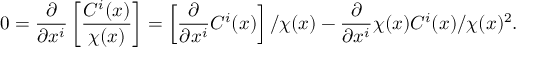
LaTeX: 0 = \frac { \partial } { \partial x ^ { i } } \left[ \frac { C ^ { i } ( x ) } { \chi ( x ) } \right] = \left[ \frac { \partial } { \partial x ^ { i } } C ^ { i } ( x ) \right] / \chi ( x ) - \frac { \partial } { \partial x ^ { i } } \chi ( x ) C ^ { i } ( x ) / \chi ( x ) ^ { 2 } .